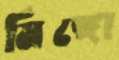
মিঙ্গো